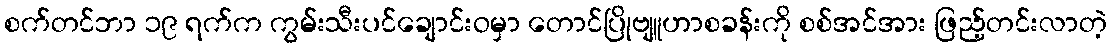
စက်တင်ဘာ ၁၉ ရက်က ကွမ်းသီးပင်ချောင်းဝမှာ တောင်ပြိုဗျူဟာစခန်းကို စစ်အင်အား ဖြည့်တင်းလာတဲ့